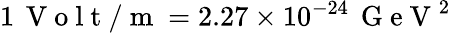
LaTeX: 1\, \mathrm{~V~o~l~t~/~m~}=2.27\times 10^{-24}\, \mathrm{~G~e~V~}^{2}